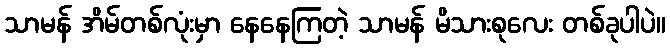
သာမန် အိမ်တစ်လုံးမှာ နေနေကြတဲ့ သာမန် မိသားစုလေး တစ်ခုပါပဲ။